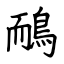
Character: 鴯